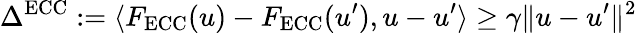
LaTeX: \Delta^{\mathrm{ECC}}:=\langle F_{\mathrm{ECC}}(u)-F_{\mathrm{ECC}}(u^{\prime}),u-u^{\prime}\rangle\geq\gamma\Vert u-u^{\prime}\Vert^{2}